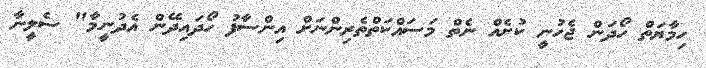
ހިމާޔަތް ހޯދަން ޖެހުނީ ކުށެއް ނެތް މަސައްކަތްތެރިންނަށް އިންސާފު ހޯދައިދޭން އެދުނީމާ" ސެލީނާ